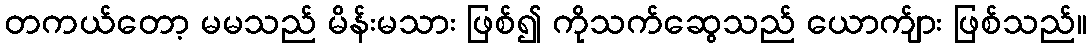
တကယ်တော့ မမသည် မိန်းမသား ဖြစ်၍ ကိုသက်ဆွေသည် ယောက်ျား ဖြစ်သည်။